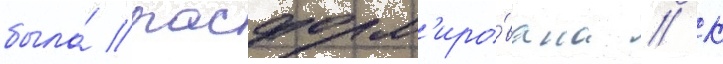
была́ расформ'иро́вана // К